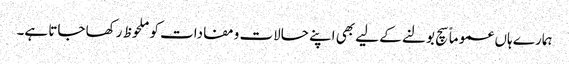
ہمارے ہاں عموماً سچ بولنے کے لیے بھی اپنے حالات ومفادات کو ملحوظ رکھا جاتا ہے۔